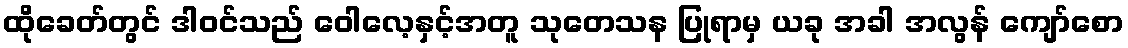
ထိုခေတ်တွင် ဒါဝင်သည် ဝေါလေ့နှင့်အတူ သုတေသန ပြုရာမှ ယခု အခါ အလွန် ကျော်စော